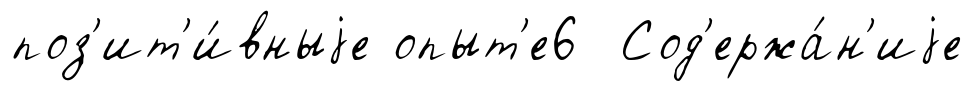
поз'ит'и́вныjе опыт'е6 Сод'ержа́н'иjе